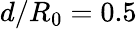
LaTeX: d/R_{0}=0.5